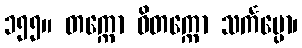
၁၅၅။ တက္ကော ဝိတက္ကော သင်္ကပ္ပော၊